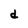
Character: d